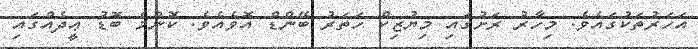
އަހަރުތަކުގައެވެ. މިހާރު ރަށުގައި މިޔުޒިކް ހަތަރު ބޭންޑް އޮވެއެވެ. ކޮންމެ ބޮޑު ޢީދެއްގައި